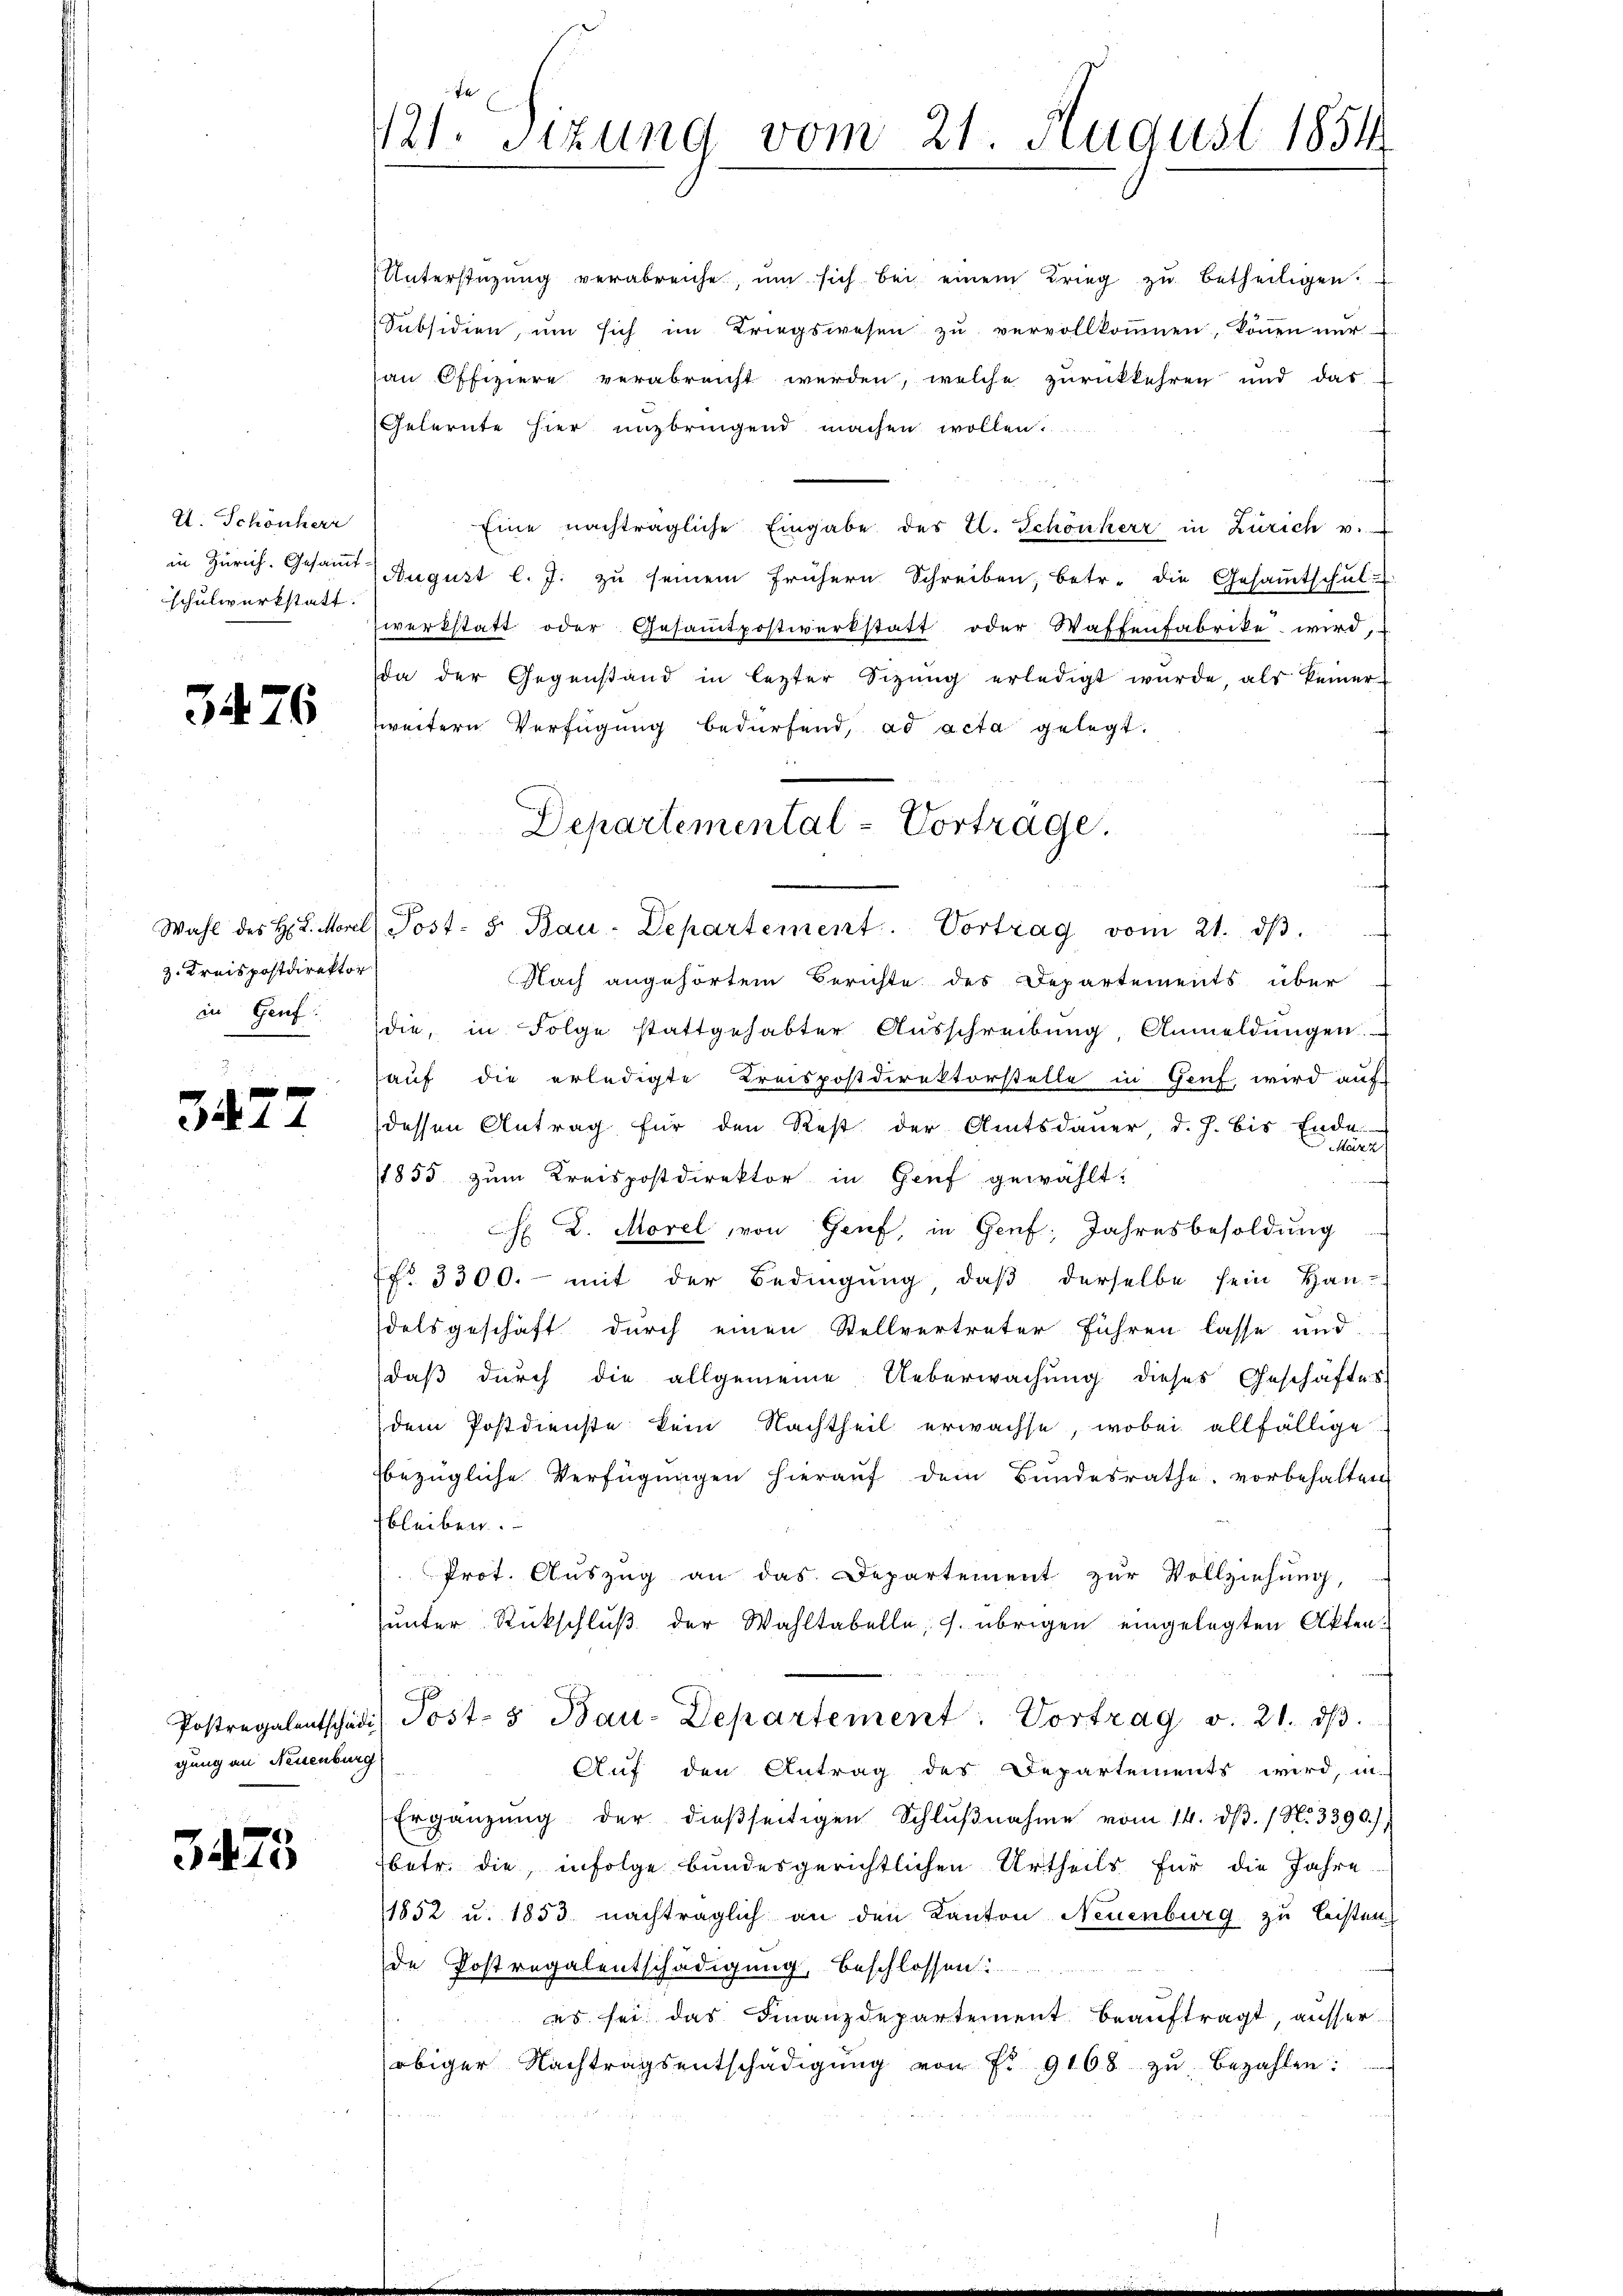
U. Schönherr
schulwerkstatt

3476

Unterstüzŭng verabreiche, ŭm sich bei einem Krieg zŭ betheiligen.
Subsidien, ŭm sich im Kriegswesen zŭ vervollkommen, können nŭr
an Offiziere verabreicht werden, welche zurückkehren und das
Gelernte hier unzbringend machen wollen.
.
Eine nachträgliche Eingabe des E. Schönherr in Zürich v.
in Zürich. Gesamt August l. J. zu seinem frühern Schreiben, betr. die Gesamtschul-
werkstatt oder Gesamtpostwerkstatt oder Waffenfabrike wird,
da der Gegenstand in lezter Sitzŭng erledigt wŭrde, als keiner
weitern Verfügung bedürfend, ad acta gelegt.
2
Nach angehörtem Berichte des Departements über
in Gent: die, in Folge stattgehabter Aŭsschreibŭng, Anmeldŭngen.
hauf die erledigte Kreispostdirektorstelle in Genf, wird auf
dessen Antrag für den Rest der Amtsdauer, d. J. bis Ende.
arz
1855 zum Kreispostdirektor in Genf gewählt:
h D. Morel, von Genf, in Genf; Jahresbesoldung
No. 3300. - mit der Bedingung, daβ derselbe sein Han-
delsgeschäft durch einen Stellvertreter führen lasse und
daß durch die allgemeine Ueberwachung dieses Geschäftes
dem Postdienste kein Nachtheil erwachse, wobei allfällige
bezügliche Verfügungen hierauf dem Bundesrathe vorbehalten
fbleiben.
Prot. Auszug an das Departement zur Vollziehung,
hunter Rückschluß der Wahltabelle, u. übrigen eingelegten Akteno
Postregalentschädi) Post- & Bau-Departement. Vortrag v. 21. dβ.
Auf den Antrag des Departements wird, in
Ergänzŭng der dieβseitigen Schlŭβnahme vom 14. dβ. / N. 3390)
betr. die, infolge bundesgerichtlichen Urtheils für die Jahre
1852 u. 1853 nachträglich an den Kanton Neuenburg zu leisten
de Postregalentschädigung, beschlossen:
es sei das Finanzdepartement beauftragt, ausser
obiger Nachtragsentschädigŭng von Fr. 9168 zŭ bezahlen:

3. Kreispostdirektor

3477

gung an Neuenburg

3475

121. Sitzung vom 21. August 1854

Departemental-Vorträge.
Wahl des H. L. Morel Post- u Bau-Departement. Vortrag vom 21. dβ.